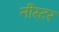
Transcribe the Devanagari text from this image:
नीस्टर